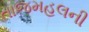
તાજમહલની